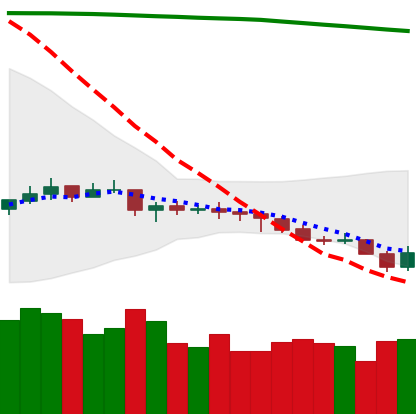
Ticker: NEO-USD
Chart end date: 2021-07-21
Forward return: 16.648%
Label: up_7plus